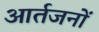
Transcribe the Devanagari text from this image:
आर्तजनों